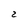
Character: 2